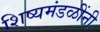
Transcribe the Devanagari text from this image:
शिष्यमंडळींनी